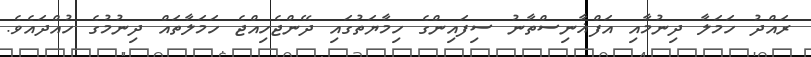
ރައްދު ހަމަލާ ދިނުމާއި އަފްޣާނިސްތާނު ސިފައިންގެ ހިމާޔަތުގައި ދޭންޖެހިއްޖެ ހަމަލާތައް ދިނުމުގެ ހުއްދައެވެ.